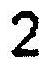
2